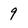
Character: 9